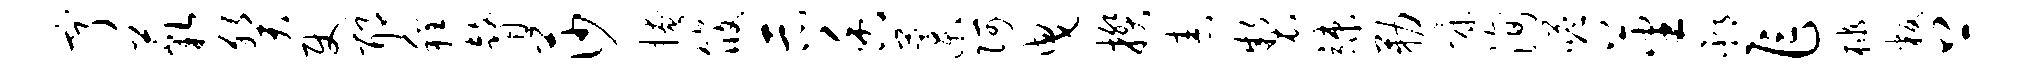
亨藐癸使耶程瞽莎掩筱示香藁阿曳揆舂制竦勒慷洵嗒蕃邳乍棣叛上